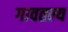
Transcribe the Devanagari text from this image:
गावतल्य